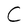
Character: C